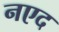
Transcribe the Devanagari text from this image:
नएद